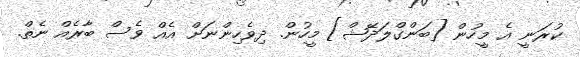
ކުރަނީ އެ މީހުން [ބަންގްލަދޭޝް] މީހުން. ދިވެހިންނަށް އެއް ވެސް ބާރެއް ނެތް.